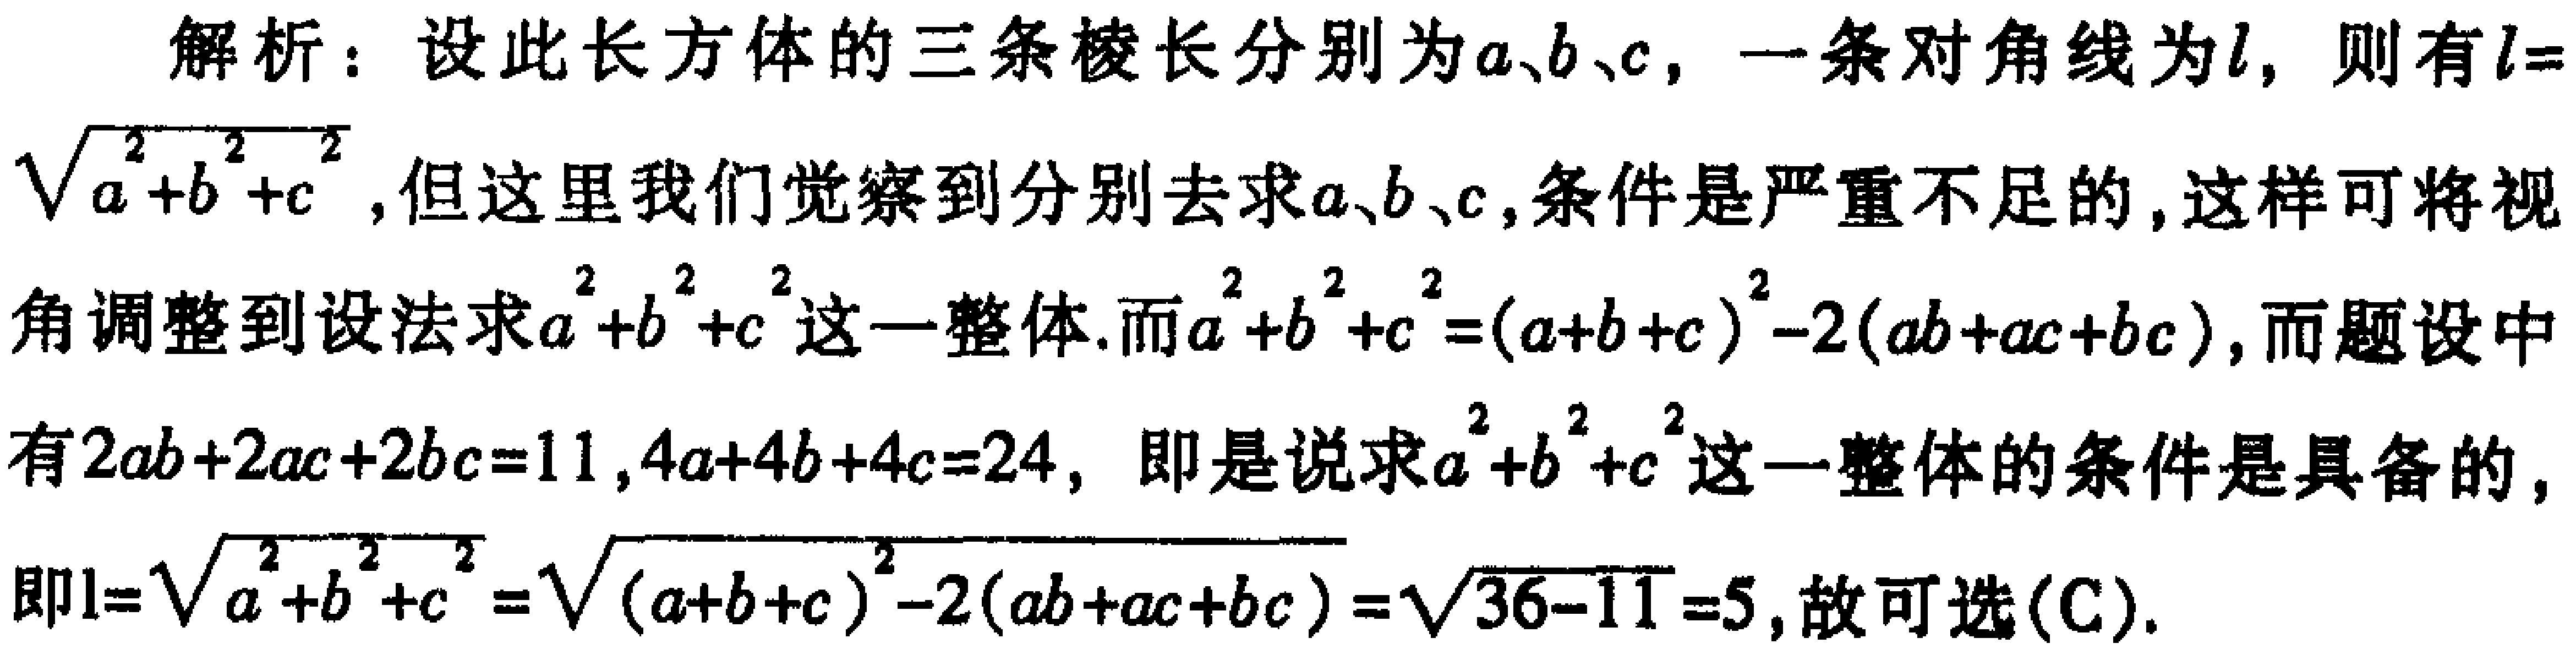
解析：设此长方体的三条棱长分别为\(a\)、\(b\)、\(c\)，一条对角线为\(l\)，则有\(l = \sqrt{a^{2}+b^{2}+c^{2}}\)，但这里我们觉察到分别去求\(a\)、\(b\)、\(c\)，条件是严重不足的，这样可将视角调整到设法求\(a^{2}+b^{2}+c^{2}\)这一整体.而\(a^{2}+b^{2}+c^{2}=(a + b + c)^{2}-2(ab + ac + bc)\)，而题设中有\(2ab + 2ac + 2bc = 11\)，\(4a + 4b + 4c = 24\)，即是说求\(a^{2}+b^{2}+c^{2}\)这一整体的条件是具备的，即\(l=\sqrt{a^{2}+b^{2}+c^{2}}=\sqrt{(a + b + c)^{2}-2(ab + ac + bc)}=\sqrt{36 - 11}=5\)，故可选\((\mathrm{C})\).